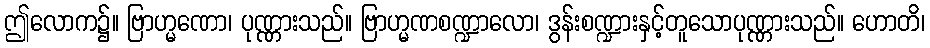
ဤလောက၌။ ဗြာဟ္မဏော၊ ပုဏ္ဏားသည်။ ဗြာဟ္မဏစဏ္ဍာလော၊ ဒွန်းစဏ္ဍားနှင့်တူသောပုဏ္ဏားသည်။ ဟောတိ၊